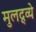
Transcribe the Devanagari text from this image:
मुलद्र्व्ये